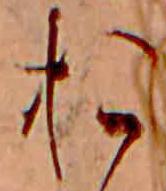
お